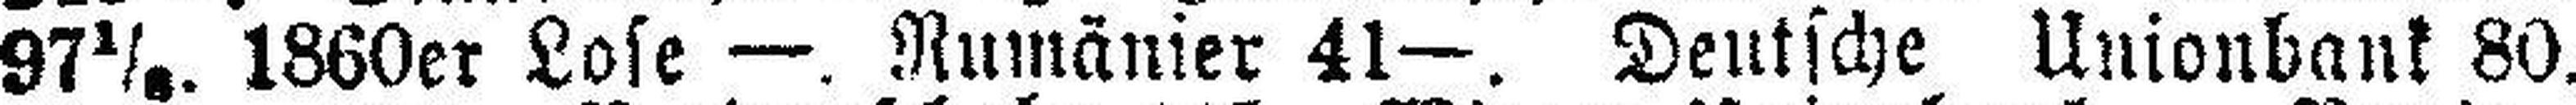
97½. 1860er Lose —. Rumänier 41—. Deutsche Unionbank 80.